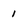
Character: 1